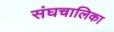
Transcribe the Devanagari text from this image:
संघचालिका